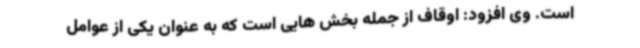
است. وی افزود: اوقاف از جمله بخش هایی است که به عنوان یکی از عوامل